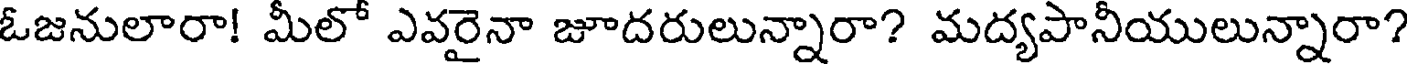
ఓజనులారా! మీలో ఎవరైనా జూదరులున్నారా? మద్యపానీయులున్నారా?